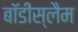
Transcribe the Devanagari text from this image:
बॉडीस्लैम